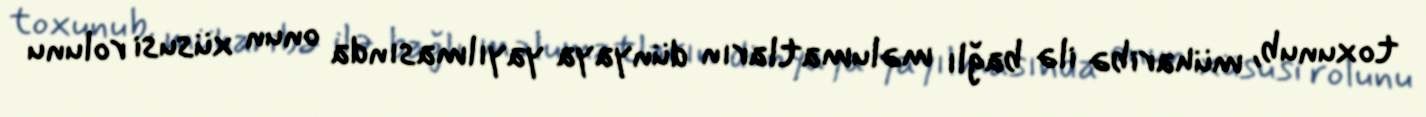
toxunub, müharibə ilə bağlı məlumatların dünyaya yayılmasında onun xüsusi rolunu